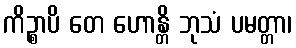
ကိဉ္စာပိ တေ ဟောန္တိ ဘုသံ ပမတ္တာ၊